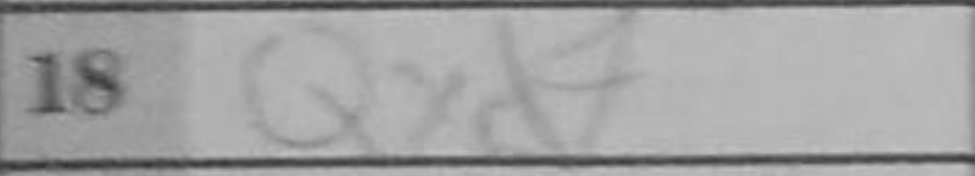
Transcription: Qxd7